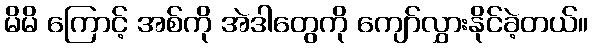
မိမိ ကြောင့် အစ်ကို အဲဒါတွေကို ကျော်လွှားနိုင်ခဲ့တယ်။